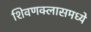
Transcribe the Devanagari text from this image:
शिवणक्लासमध्ये